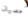
عصيان